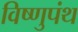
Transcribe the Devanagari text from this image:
विष्णुपंथ